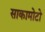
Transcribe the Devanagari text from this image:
साकामोटो